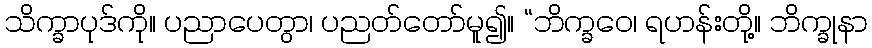
သိက္ခာပုဒ်ကို။ ပညာပေတွာ၊ ပညတ်တော်မူ၍။ “ဘိက္ခဝေ၊ ရဟန်းတို့။ ဘိက္ခုနာ